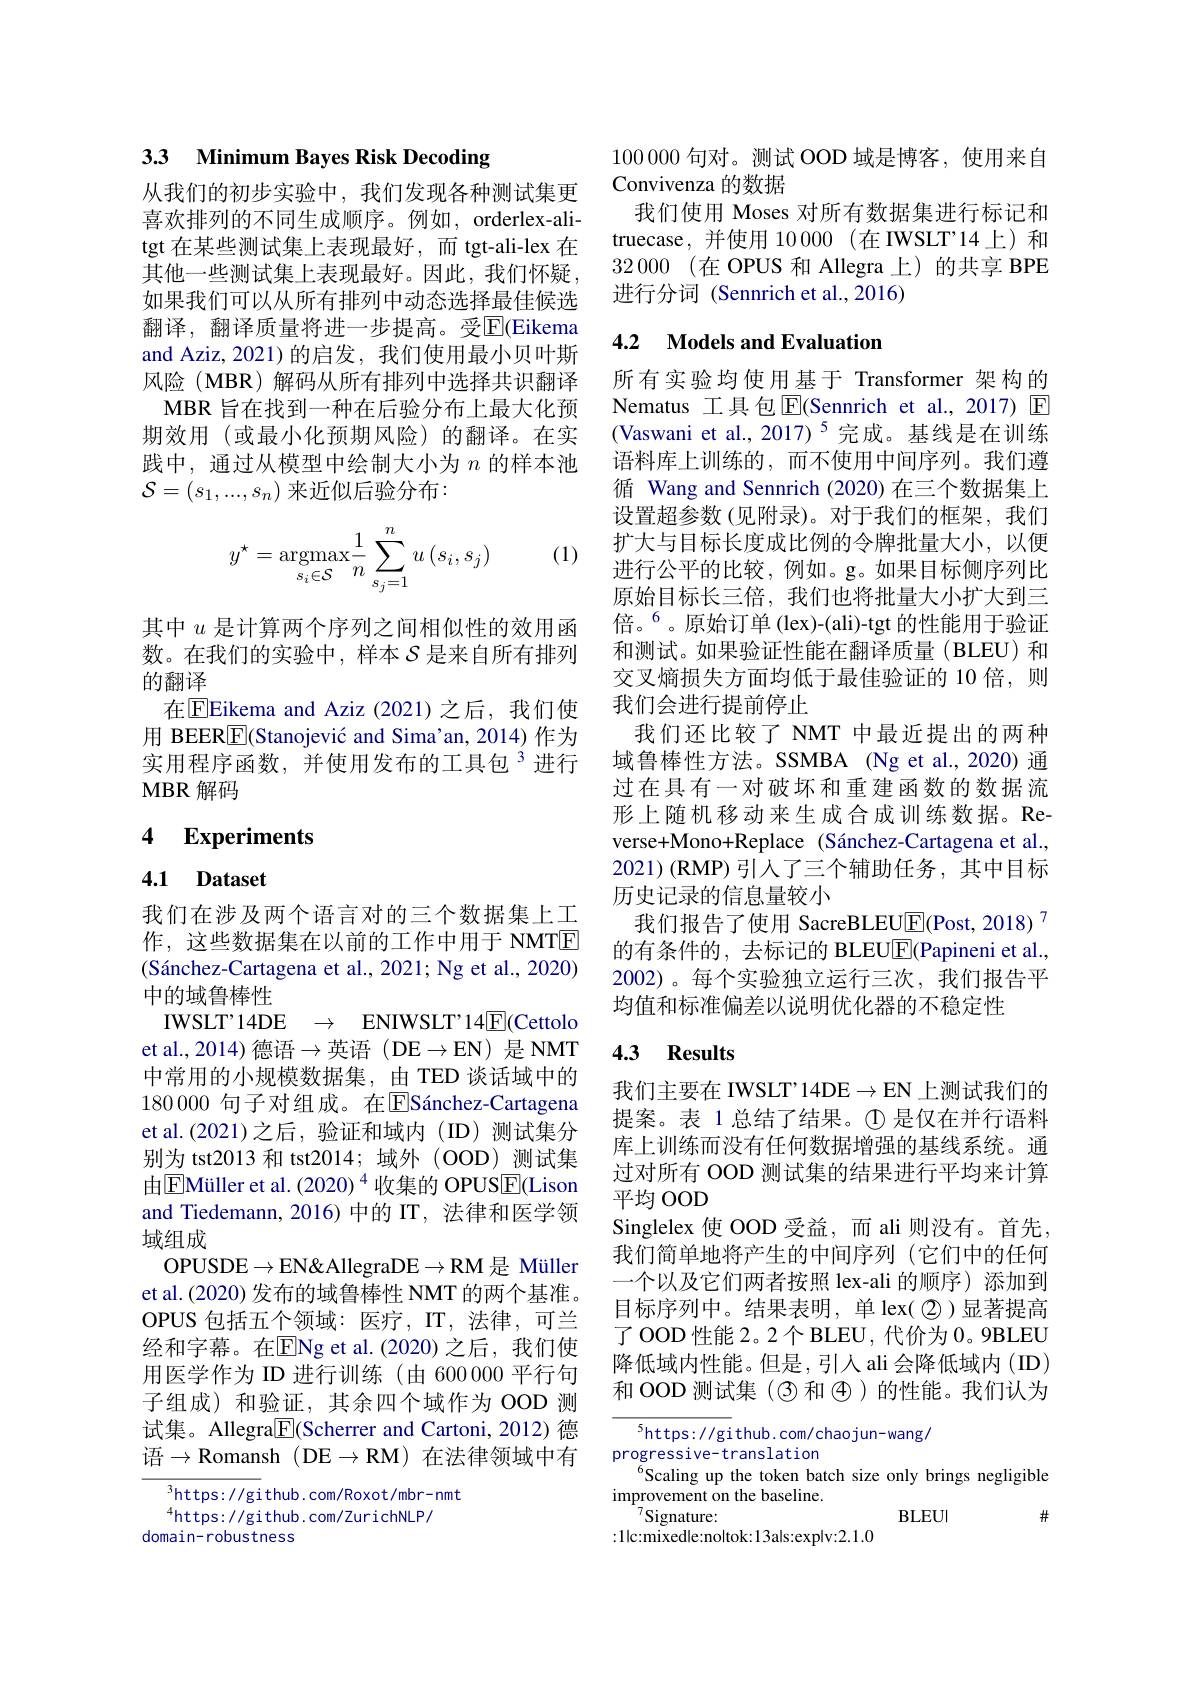
## 33 Minimum Bayes Risk Decoding

从我们的初步实验中，我们发现各种测试集更喜欢排列的不同生成顺序。例如，orderlex-alitgt 在某些测试集上表现最好，而 tgt-ali-lex 在其他一些测试集上表现最好。因此，我们怀疑， 如果我们可以从所有排列中动态选择最佳候选翻译，翻译质量将进一步提高。受$\overline{\mathrm{E}}$(Eikema and Aziz, 2021)的启发，我们使用最小贝叶斯风险(MBR)解码从所有排列中选择共识翻译MBR 旨在找到一种在后验分布上最大化预期效用 (或最小化预期风险)的翻译。在实践中，通过从模型中绘制大小为$n$的样本池$\mathcal{S}=\left(s_1,...,s_n\right)$来近似后验分布：

(1)
$$y^\star=\underset{s_i\in\mathcal{S}}{\text{argmax}}\frac{1}{n}\sum\limits_{s_j=1}^nu\left(s_i,s_j\right)$$
其中$u$是计算两个序列之间相似性的效用函数。在我们的实验中，样本$S$是来自所有排列的翻译
在$\boxed{\mathrm{F}}$Eikema and Aziz (2021)之后，我们使用 BEER$\underline{\mathrm{E}}($Stanojević and Sima'an, 2014)作为实用程序函数，并使用发布的工具包$^{3}$进行MBR 解码

# 4 Experiments

# 4.1 Dataset

我们在涉及两个语言对的三个数据集上工作，这些数据集在以前的工作中用于 NMTE (Sánchez-Cartagena et al., 2021; Ng et al., 2020) 中的域鲁棒性
IWSLT'14DE $\to$ ENIWSLT'14[E](Cettoldin) et al., 2014)德语$\to$英语(DE$\to$EN)是 NMT 中常用的小规模数据集，由 TED 谈话域中的180 0000 句子对组成。在$\overline{\mathrm{E}}$Sánchez-Cartagena et al.(2021)之后，验证和域内(ID)测试集分别为 tst2013 和 tst2014; 域外 (OOD)测试集由$\boxed{\mathrm{E}}$Müller et al. (2020) $^{4}$ 收集的 OPUS$\boxed{\mathrm{F}}($Lison and Tiedemann, 2016) 中的 IT, 法律和医学领域组成
OPUSDE$\to$EN&AllegraDE$\to$RM 是 Müller et al.(2020) 发布的域鲁棒性 NMT 的两个基准。OPUS 包括五个领域：医疗，IT,法律，可兰经和字幕。在$\overline{\mathrm{E}}$Ng et al.(2020)之后，我们使用医学作为 ID 进行训练(由 600000 平行句子组成)和验证，其余四个域作为 OOD 测试集。Allegra$\boxed{\mathrm{F}}($Scherrer and Cartoni, 2012) 德语$\to\mathbb{R}$omansh (DE$\to \mathbb{RM})$ 在法律领域中有

$^{3}$https: //github. com/Roxot/mbr-nmt
$^{4}$https://github.com/ZurichNLP/
domain-robustness

100000句对。测试 OOD 域是博客，使用来自
Convivenza 的数据
我们使用 Moses 对所有数据集进行标记和truecase,并使用10000(在IWSLT'14上)和32000 (在 OPUS 和 Allegra 上)的共享 BPE 进行分词 (Sennrich et al.,2016)

## 4.2 Models and Evaluation

所有实验均使用基于 Transformer 架构的Nematus 工具包$\operatorname{E}($Sennrich et al.,2017) $\operatorname{E}$ (Vaswani et al.,2017)$^5$完成。基线是在训练语料库上训练的，而不使用中间序列。我们遵循 Wang and Sennrich (2020)在三个数据集上设置超参数 (见附录)。对于我们的框架，我们扩大与目标长度成比例的令牌批量大小，以便进行公平的比较，例如。g。如果目标侧序列比原始目标长三倍，我们也将批量大小扩大到三倍。$^{6}$。原始订单(lex)-(ali)-tgt 的性能用于验证和测试。如果验证性能在翻译质量(BLEU)和交叉熵损失方面均低于最佳验证的 10 倍，则我们会进行提前停止
我们还比较了 NMT 中最近提出的两种域鲁棒性方法。SSMBA (Ng et al.,2020) 通过在具有一对破坏和重建函数的数据流形上随机移动来生成合成训练数据。Reverse+Mono+Replace (Sánchez-Cartagena et al., 2021)(RMP)引入了三个辅助任务，其中目标历史记录的信息量较小
我们报告了使用 SacreBLEU$\underline{\mathrm{E}}$(Post, 2018)$^{7}$ 的有条件的，去标记的 BLEU$\boxed{\mathrm{F}}($Papineni et al., 2002)。每个实验独立运行三次，我们报告平均值和标准偏差以说明优化器的不稳定性

## 4.3 Results

我们主要在 IWSLT'14DE$\to$E$N$上测试我们的提案。表 1 总结了结果。$\textcircled{1}$是仅在并行语料库上训练而没有任何数据增强的基线系统。通过对所有 OOD 测试集的结果进行平均来计算平均 OOD
Singlelex 使 OOD 受益，而 ali 则没有。首先， 我们简单地将产生的中间序列(它们中的任何一个以及它们两者按照 lex-ali 的顺序)添加到目标序列中。结果表明，单 lex( $\textcircled{2})$显著提高了 OOD 性能 2。2 个 BLEU, 代价为 0。9BLEU 降低域内性能。但是，引人 ali 会降低域内 (ID) 和 OOD 测试集 (3)和$\textcircled{4}$)的性能。我们认为

$^5$https://github.com/chaojun-wang/
progressive-translation
Scaling up the token batch size only brings negligible
improvement on the baseline.
$^{7}$Signature:
BLEUI
$\#$
:1|c:mixedle:no|tok:13als:exp|v:2.1.0